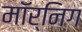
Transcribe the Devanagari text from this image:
मॉर्निग